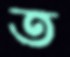
ত